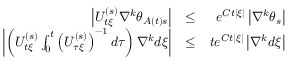
\begin{array} { r l r } { \left\vert U _ { t \xi } ^ { \left( s \right) } \nabla ^ { k } \theta _ { A \left( t \right) s } \right\vert } & { \leq } & { e ^ { C t \left\vert \xi \right\vert } \left\vert \nabla ^ { k } \theta _ { s } \right\vert } \\ { \left\vert \left( U _ { t \xi } ^ { \left( s \right) } \int _ { 0 } ^ { t } \left( U _ { \tau \xi } ^ { \left( s \right) } \right) ^ { - 1 } d \tau \right) \nabla ^ { k } d \xi \right\vert } & { \leq } & { t e ^ { C t \left\vert \xi \right\vert } \left\vert \nabla ^ { k } d \xi \right\vert } \end{array}